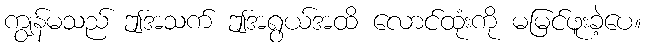
ကျွန်မသည် ဤအသက် ဤအရွယ်အထိ လောင်ထုံးကို မမြင်ဖူးခဲ့ပေ။